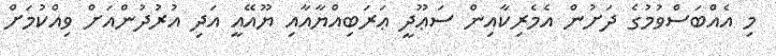
މި އެއްބަސްވުމުގެ ދަށުން އެމެރިކާއިން ސަޢޫދީ ޢަރަބިއްޔާއާއި ޔޫއޭއީ އަދި އުރުދުންއަށް ވިއްކުމަށް